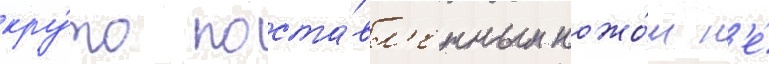
кру́то поста́вл'енным ножо́м н'е́